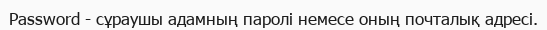
Password - сұраушы адамның паролі немесе оның почталық адресі.